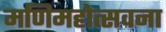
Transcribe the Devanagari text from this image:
मणिमहोत्सवना